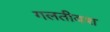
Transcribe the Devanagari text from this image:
गलतीवश